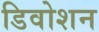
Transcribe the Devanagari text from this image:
डिवोशन